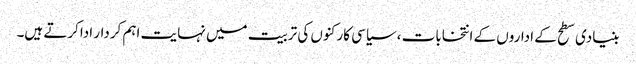
بنیادی سطح کے اداروں کے انتخابات ،سیاسی کارکنوں کی تربیت میں نہایت اہم کردار اداکرتے ہیں۔